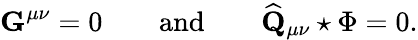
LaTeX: \mathbf{G}^{\mu\nu}=0\qquad\mathrm{and}\qquad\widehat{\mathbf{Q}}_{\mu\nu}\star\Phi=0.